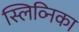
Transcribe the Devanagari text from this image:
स्लिव्निका